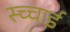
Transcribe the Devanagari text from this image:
स्च्चाई